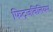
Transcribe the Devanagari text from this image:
फिट्जविलियम